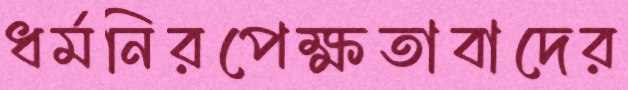
ধর্মনিরপেক্ষতাবাদের